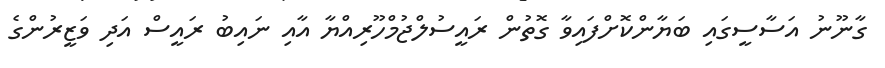
ގާނޫނު އަސާސީގައި ބަޔާންކޮށްފައިވާ ގޮތުން ރައީސުލްޖުމްހޫރިއްޔާ އާއި ނައިބު ރައީސް އަދި ވަޒީރުންގެ